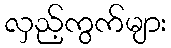
လှည့်ကွက်များ